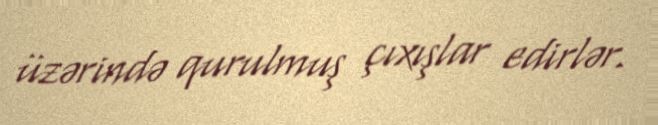
üzərində qurulmuş çıxışlar edirlər.